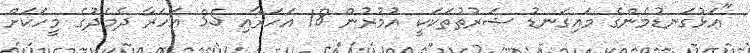
"އަޅުގަނޑުމެންގެ މައިގަނޑު ޝަރުތުތަކަކީ އުމުރުން 18 އަހަރާއި 35 އަހަރާ ދެމެދުގެ މީހަކަށް